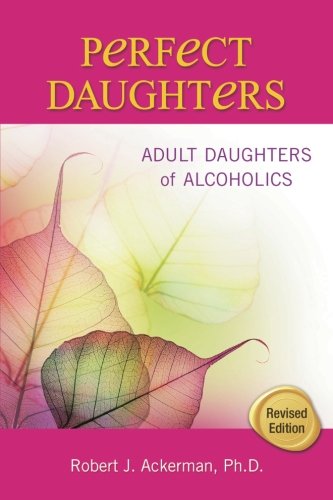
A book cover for Perfect Daughters: Adult Daughters of Alcoholics; Robert Ackerman; Self-Help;